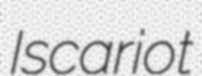
Iscariot